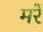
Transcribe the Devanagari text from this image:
मरें